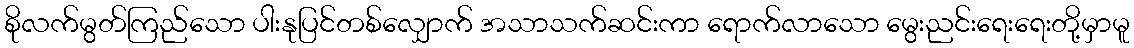
စိုလက်မွတ်ကြည်သော ပါးနုပြင်တစ်လျှောက် အသာသက်ဆင်းကာ ရောက်လာသော မွေးညင်းရေးရေးတို့မှာမူ